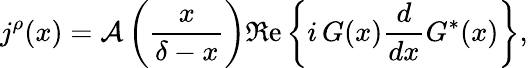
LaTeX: j^{\rho}(x)={\cal A}\left(\frac{x}{\delta-x}\right)\Re\mathrm{e}\left\{ i\, G(x)\frac{d}{dx}G^{\ast}(x)\right\} ,